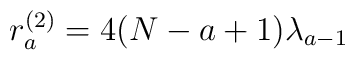
r_a^{(2)} = 4(N-a+1) \lambda_{a-1}